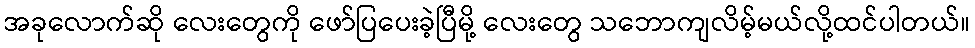
အခုလောက်ဆို လေးတွေကို ဖော်ပြပေးခဲ့ပြီမို့ လေးတွေ သဘောကျလိမ့်မယ်လို့ထင်ပါတယ်။